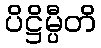
ပိဋ္ဌိမ္ပီတိ